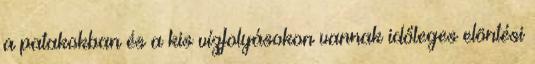
a patakokban és a kis vízfolyásokon vannak időleges elöntési